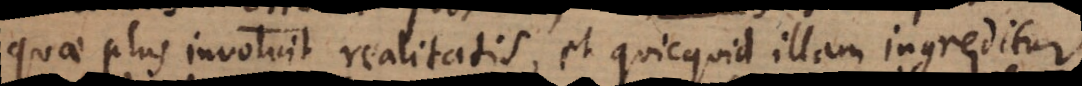
quae plus involvit realitatis, et quicquid illam ingreditur.